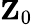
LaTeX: \mathbf{Z}_{0}